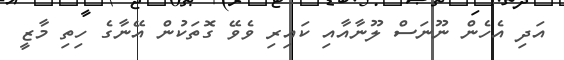
އަދި އެހެން ނޫނަސް ލޫނާއާއި ކައިރި ވެވޭ ގޮތަކުން އޭނާގެ ހިތި މާޒީ